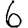
Digit: 6